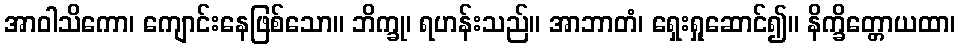
အာဝါသိကော၊ ကျောင်းနေဖြစ်သော။ ဘိက္ခု၊ ရဟန်းသည်။ အာဘာတံ၊ ရှေးရှုဆောင်၍။ နိက္ခိတ္တောယထာ၊